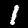
Digit: 1